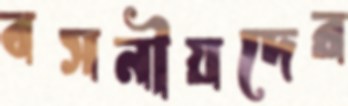
বসনীয়দের